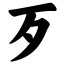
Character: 歹